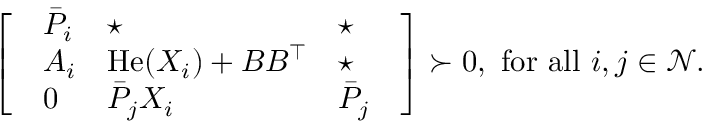
\left[ \begin{array} { l } { \begin{array} { l l l } { \bar { P } _ { i } } & { \star } & { \star } \\ { A _ { i } } & { \operatorname { H e } ( X _ { i } ) + B B ^ { \top } } & { \star } \\ { 0 } & { \bar { P } _ { j } X _ { i } } & { \bar { P } _ { j } } \end{array} } \end{array} \right] \succ 0 , \mathrm { ~ f o r ~ a l l ~ } i , j \in \mathcal { N } .